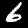
Digit: 6